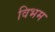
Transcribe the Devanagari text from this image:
विभम